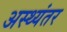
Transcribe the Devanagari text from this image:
अस्थ्यंतर